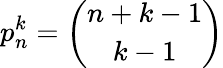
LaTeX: p_{n}^{k}={\binom{n+k-1}{k-1}}